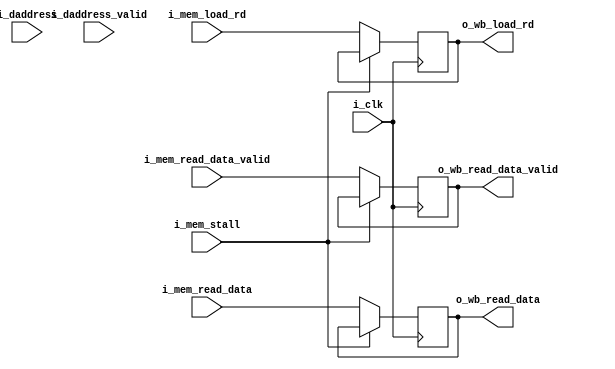
module a25_write_back_1
(
input                       i_clk,
input                       i_mem_stall,                
input       [31:0]          i_mem_read_data,            
input                       i_mem_read_data_valid,      
input       [10:0]          i_mem_load_rd,              
output      [31:0]          o_wb_read_data,             
output                      o_wb_read_data_valid,       
output      [10:0]          o_wb_load_rd,               
input       [31:0]          i_daddress,
input                       i_daddress_valid
);
reg  [31:0]         mem_read_data_r = 'd0;          
reg                 mem_read_data_valid_r = 'd0;    
reg  [10:0]         mem_load_rd_r = 'd0;            
assign o_wb_read_data       = mem_read_data_r;
assign o_wb_read_data_valid = mem_read_data_valid_r;
assign o_wb_load_rd         = mem_load_rd_r;
always @( posedge i_clk )
    if ( !i_mem_stall )
        begin                                                                                                             
        mem_read_data_r         <= i_mem_read_data;
        mem_read_data_valid_r   <= i_mem_read_data_valid;
        mem_load_rd_r           <= i_mem_load_rd;
        end
reg  [31:0]         daddress_r = 'd0;               
always @( posedge i_clk )
    if ( !i_mem_stall )
        daddress_r              <= i_daddress;
endmodule